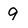
Character: 9